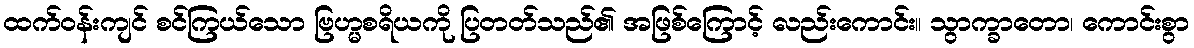
ထက်ဝန်းကျင် စင်ကြယ်သော ဗြဟ္မစရိယကို ပြတတ်သည်၏ အဖြစ်ကြောင့် လည်းကောင်း။ သွာက္ခာတော၊ ကောင်းစွာ